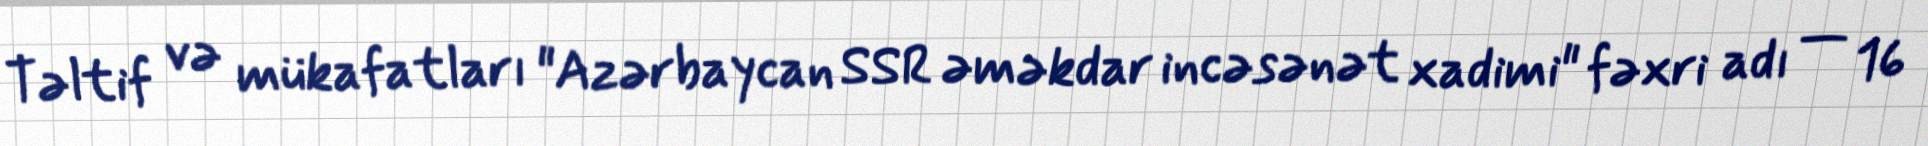
Təltif və mükafatları "Azərbaycan SSR əməkdar incəsənət xadimi" fəxri adı — 16